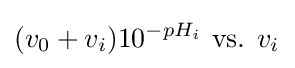
({v_{0}+v_{i}})10^{-pH_{i}}{\text{ vs. }}v_{i^{}}